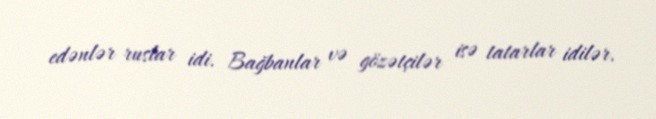
edənlər ruslar idi. Bağbanlar və gözətçilər isə tatarlar idilər.